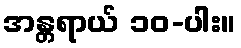
အန္တရာယ် ၁၀-ပါး။